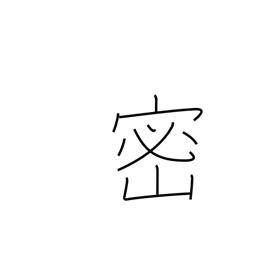
Meaning: density (pop)